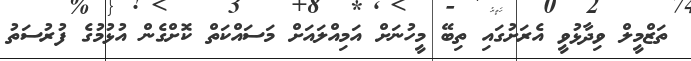
ތަޒްމީލް ވިދާޅުވީ އެރަށުގައި ތިބޭ މީހުނަށް އަމިއްލައަށް މަސައްކަތް ކޮށްގެން އުޅުމުގެ ފުރުސަތު